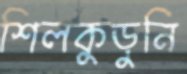
শিলকুড়ুনি